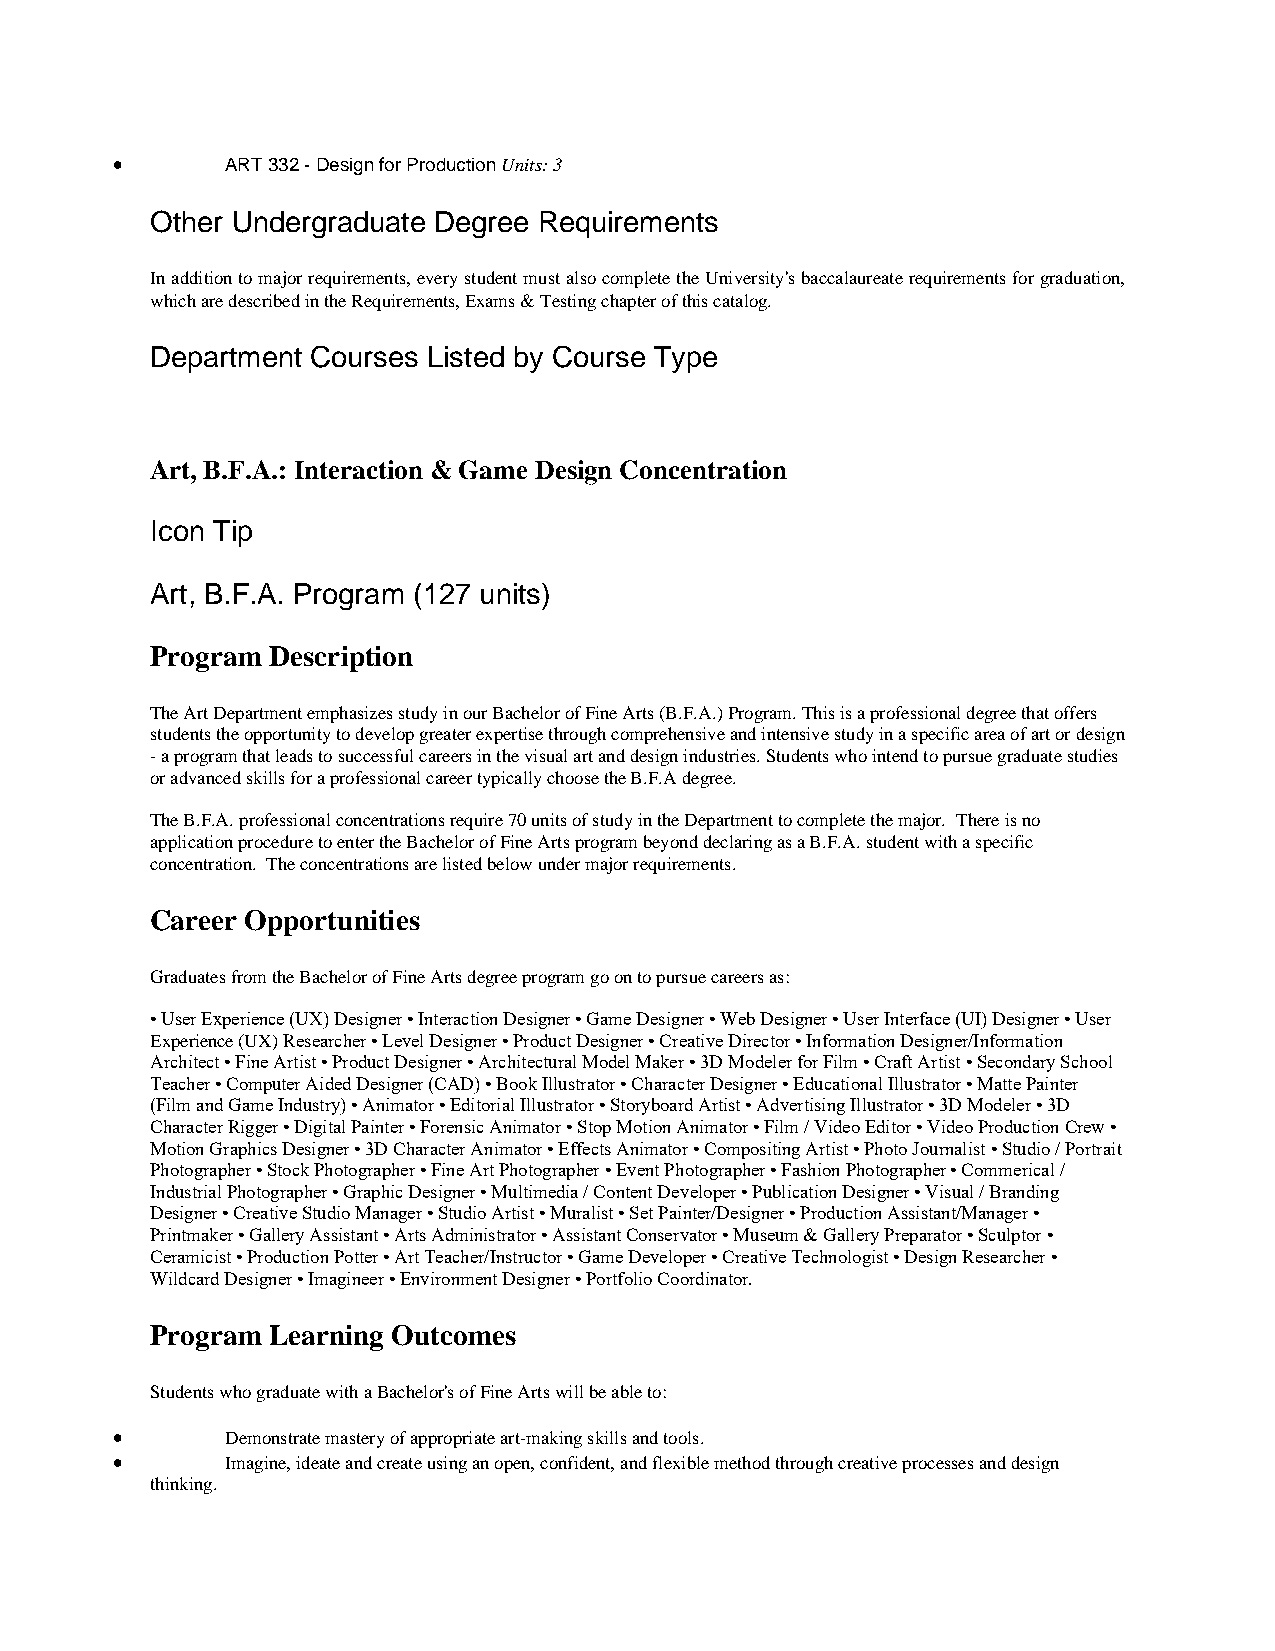
•       ART 332 - Design for Production Units: 3
 Other Undergraduate Degree Requirements
 In addition to major requirements, every student must also complete the University's baccalaureate requirements for graduation,
 which are described in the Requirements, Exams & Testing chapter of this catalog.
 Department Courses Listed by Course Type
 Art, B.F.A.: Interaction & Game Design Concentration
 Icon Tip
 Art, B.F.A. Program (127 units)
 Program Description
 The Art Department emphasizes study in our Bachelor of Fine Arts (B.F.A.) Program. This is a professional degree that offers
 students the opportunity to develop greater expertise through comprehensive and intensive study in a specific area of art or design
 - a program that leads to successful careers in the visual art and design industries. Students who intend to pursue graduate studies
 or advanced skills for a professional career typically choose the B.F.A degree.
 The B.F.A. professional concentrations require 70 units of study in the Department to complete the major. There is no
 application procedure to enter the Bachelor of Fine Arts program beyond declaring as a B.F.A. student with a specific
 concentration. The concentrations are listed below under major requirements.
 Career Opportunities
 Graduates from the Bachelor of Fine Arts degree program go on to pursue careers as:
 • User Experience (UX) Designer • Interaction Designer • Game Designer • Web Designer • User Interface (UI) Designer • User
 Experience (UX) Researcher • Level Designer • Product Designer • Creative Director • Information Designer/Information
 Architect • Fine Artist • Product Designer • Architectural Model Maker • 3D Modeler for Film • Craft Artist • Secondary School
 Teacher • Computer Aided Designer (CAD) • Book Illustrator • Character Designer • Educational Illustrator • Matte Painter
 (Film and Game Industry) • Animator • Editorial Illustrator • Storyboard Artist • Advertising Illustrator • 3D Modeler • 3D
 Character Rigger • Digital Painter • Forensic Animator • Stop Motion Animator • Film / Video Editor • Video Production Crew •
 Motion Graphics Designer • 3D Character Animator • Effects Animator • Compositing Artist • Photo Journalist • Studio / Portrait
 Photographer • Stock Photographer • Fine Art Photographer • Event Photographer • Fashion Photographer • Commerical /
 Industrial Photographer • Graphic Designer • Multimedia / Content Developer • Publication Designer • Visual / Branding
 Designer • Creative Studio Manager • Studio Artist • Muralist • Set Painter/Designer • Production Assistant/Manager •
 Printmaker • Gallery Assistant • Arts Administrator • Assistant Conservator • Museum & Gallery Preparator • Sculptor •
 Ceramicist • Production Potter • Art Teacher/Instructor • Game Developer • Creative Technologist • Design Researcher •
 Wildcard Designer • Imagineer • Environment Designer • Portfolio Coordinator.
 Program Learning Outcomes
 Students who graduate with a Bachelor's of Fine Arts will be able to:
 •       Demonstrate mastery of appropriate art-making skills and tools.
 •       Imagine, ideate and create using an open, confident, and flexible method through creative processes and design
 thinking.